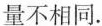
量不相同.